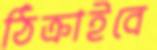
ঠিক্‌রাইবে